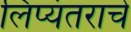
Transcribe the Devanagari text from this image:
लिप्यंतराचे